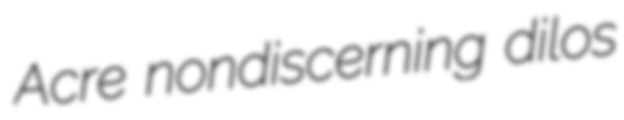
Acre nondiscerning dilos